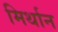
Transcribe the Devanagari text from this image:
मिर्थान